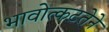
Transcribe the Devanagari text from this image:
भावोत्कटतेने